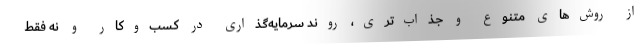
از روش‌های متنوع و جذاب‌تری، روند سرمایه‌گذاری در کسب‌وکار و نه فقط